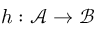
h : { \mathcal { A } } \rightarrow { \mathcal { B } }